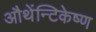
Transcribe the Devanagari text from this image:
औथेंन्टिकेष्ण